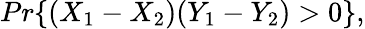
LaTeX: Pr\{ (X_{1}-X_{2})(Y_{1}-Y_{2})>0\} ,